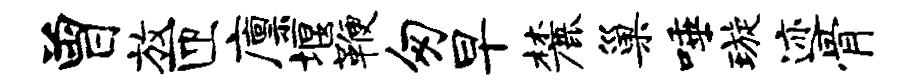
曾放匝廪堰鞭匆早麓巢唾璇迹骨